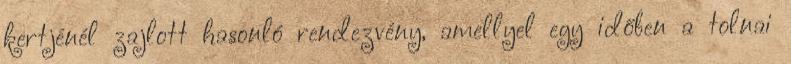
kertjénél zajlott hasonló rendezvény, amellyel egy időben a tolnai